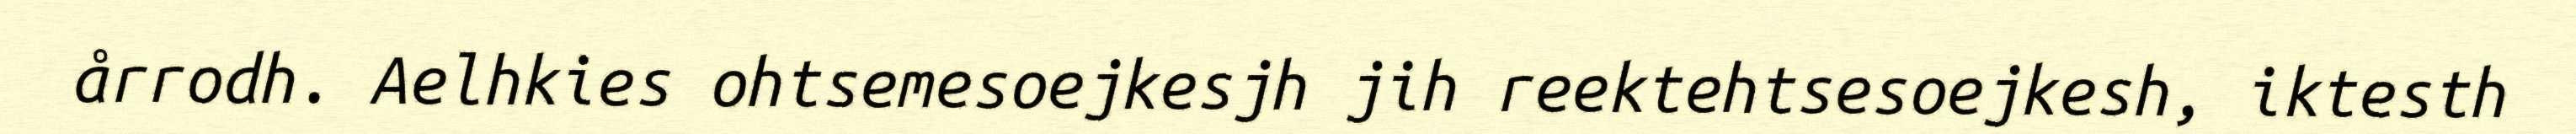
årrodh. Aelhkies ohtsemesoejkesjh jih reektehtsesoejkesh, iktesth